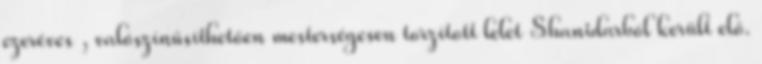
ezeréves , valószínűsíthetően mesterségesen torzított lelet Shanidarból került elő.